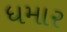
ધમાર